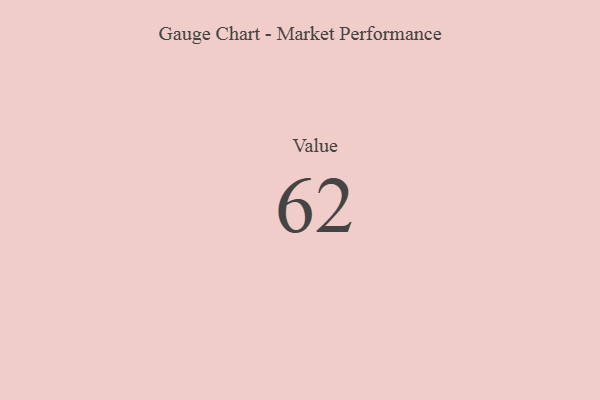
{"axis": {"x": "Metric", "y": "Value"}, "legend": [""], "data": [{"x": "Value", "y": 62, "type": ""}]}